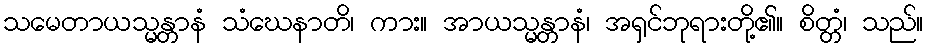
သမေတာယသ္မန္တာနံ သံဃေနာတိ၊ ကား။ အာယသ္မန္တာနံ၊ အရှင်ဘုရားတို့၏။ စိတ္တံ၊ သည်။